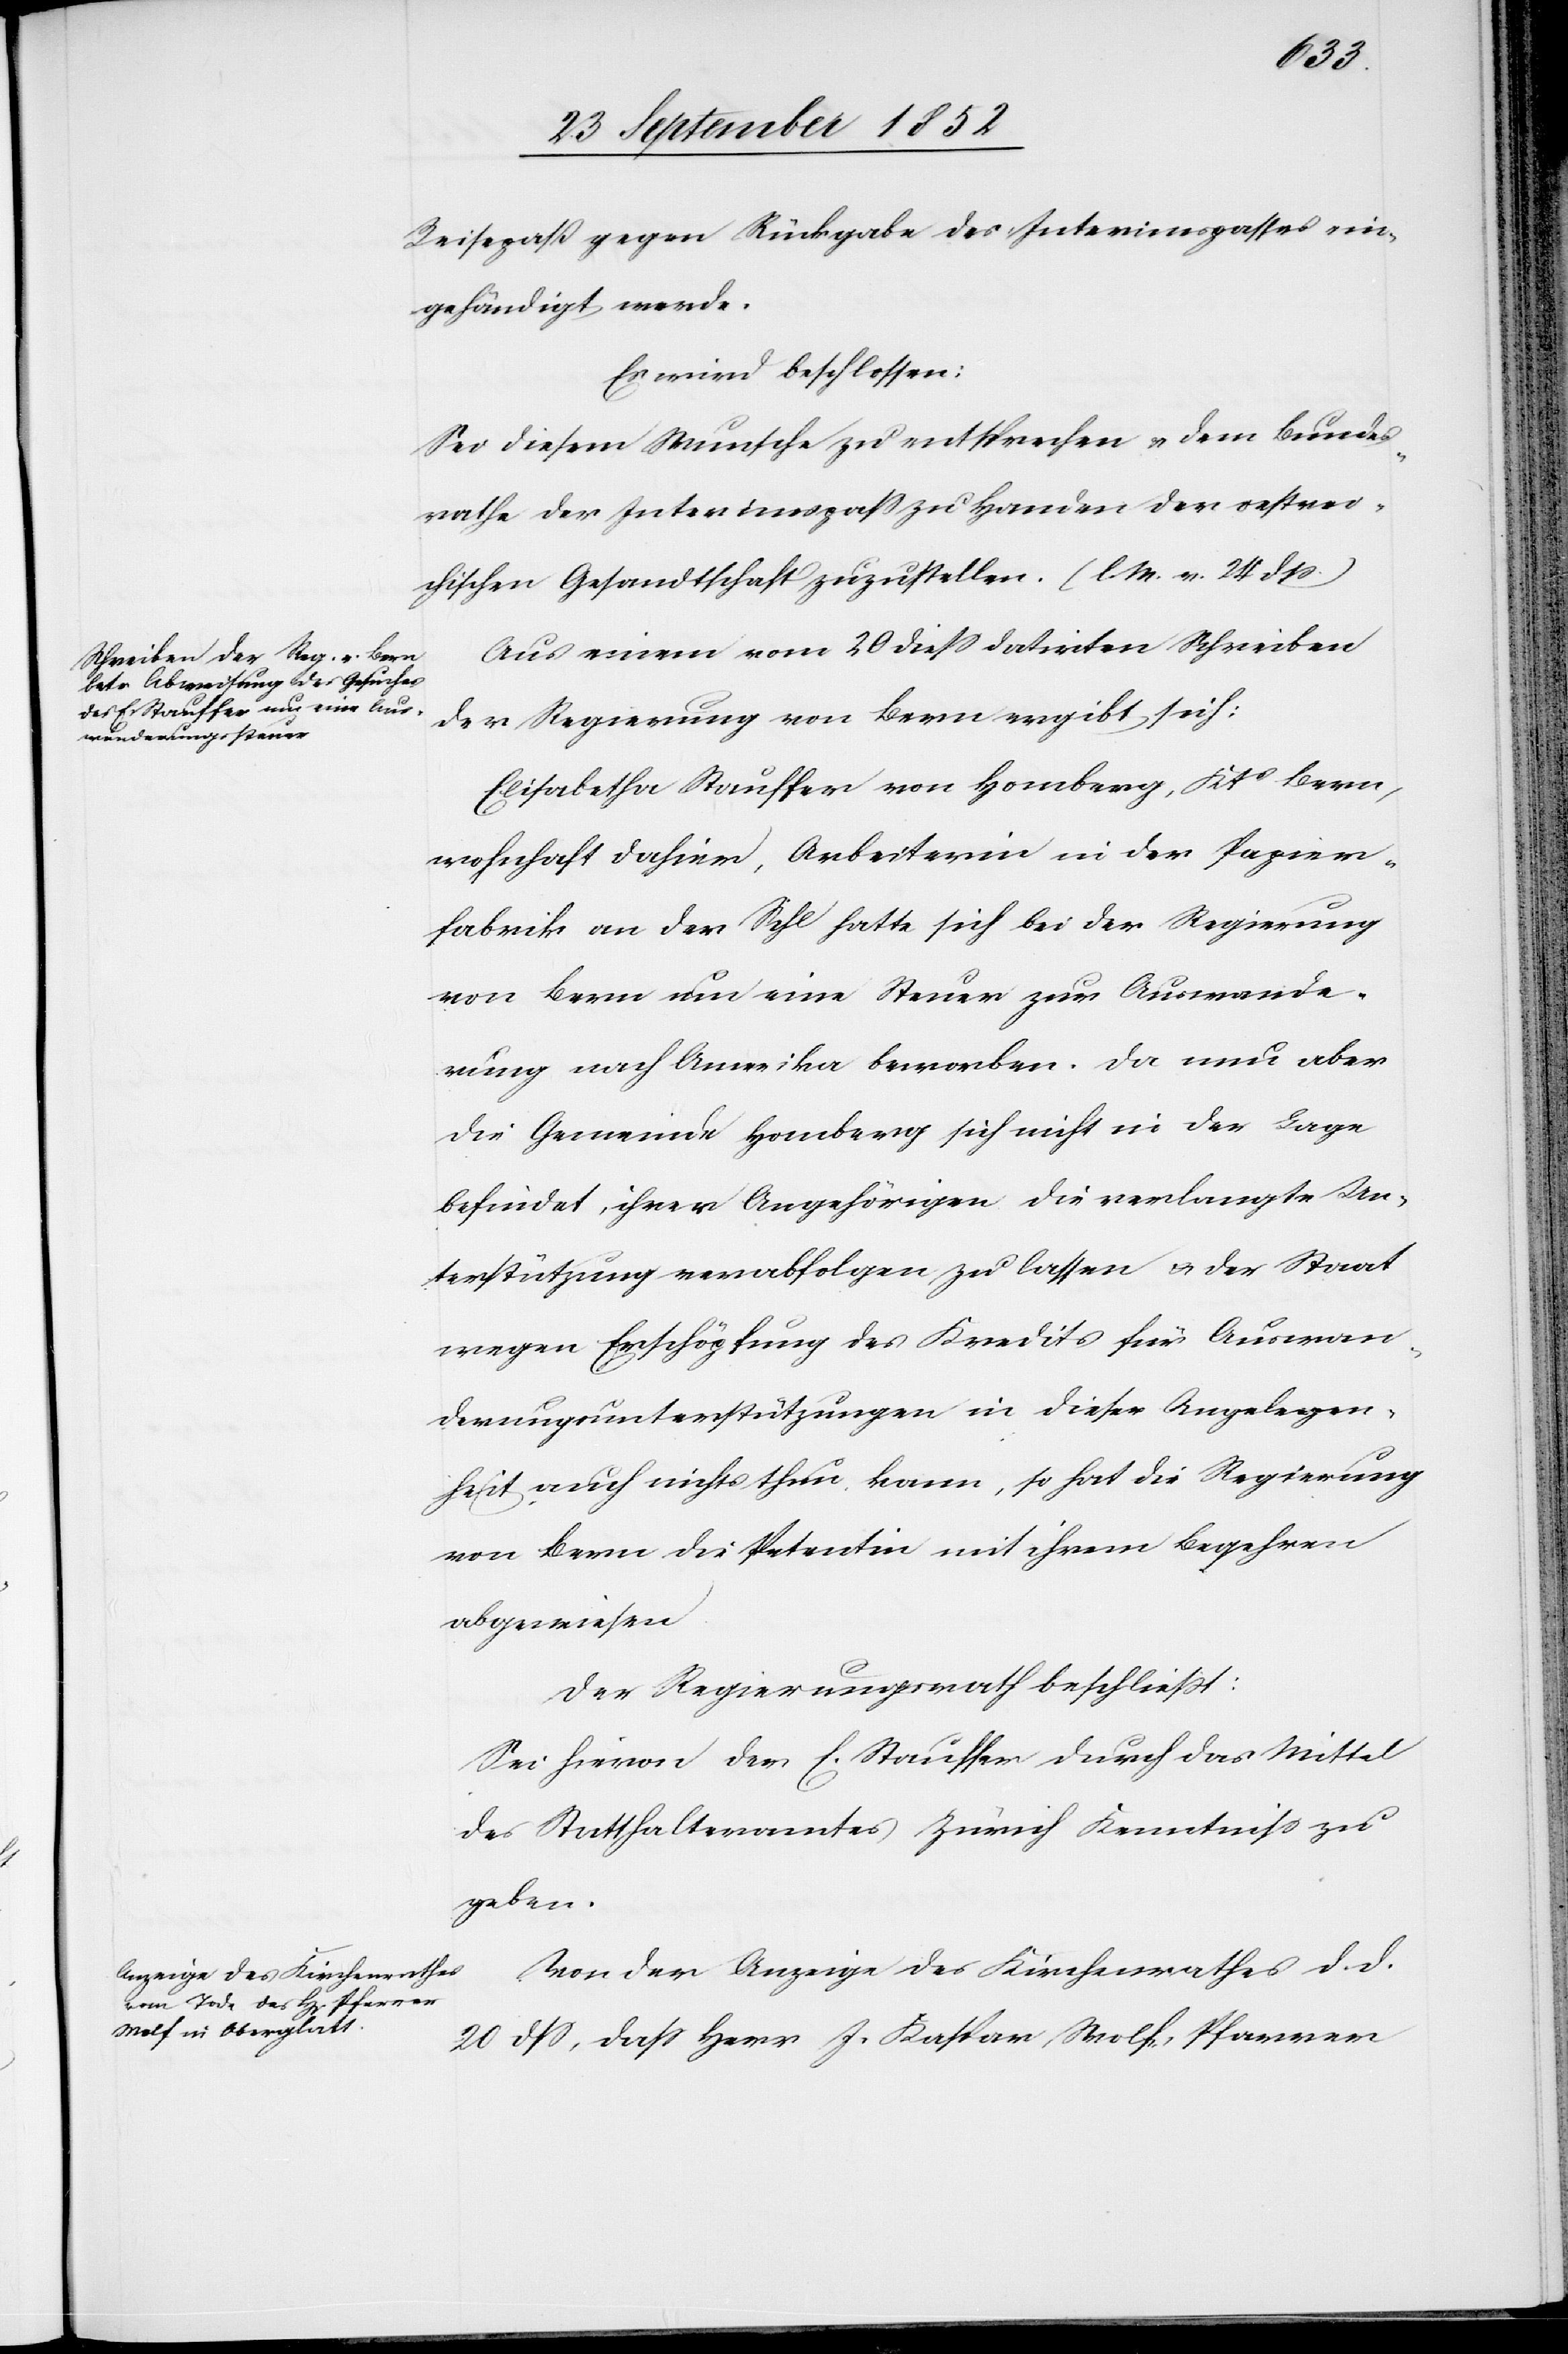
Reisepaß gegen Rückgabe des Interimspasses ein¬
gehändigt werde.
Es wird beschlossen:
Sei diesem Wunsche zu entsprechen & dem Bundes¬
rathe der Interimspass zu Handen der oestrei¬
chischen Gesandtschaft zuzustellen. (l. M. v. 24 dss.)
Aus einem vom 20 diess datirten Schreiben
der Regierung von Bern ergibt sich:
Elisabetha Stauffer von Homberg, Kts Bern,
wohnhaft dahier, Arbeiterin in der Papier¬
fabrik an der Sihl hatte sich bei der Regierung
von Bern um eine Steuer zur Auswande¬
rung nach Amerika beworben. Da nun aber
die Gemeinde Homberg sich nicht in der Lage
befindet, ihrer Angehörigen die verlangte Un¬
terstützung verabfolgen zu lassen & der Staat
wegen Erschöpfung des Kredits für Auswan¬
derungsunterstützungen in dieser Angelegen¬
heit auch nichts thun kann, so hat die Regierung
von Bern die Petentin mit ihrem Begehren
abgewiesen.
Der Regierungsrath beschließt:
Sei hievon der E. Stauffer durch das Mittel
des Statthalteramtes Zürich Kenntniss zu
geben.
Von der Anzeige des Kirchenrathes d. d.
20 dss, dass Herr J. Kaspar Wolf, Pfarrer